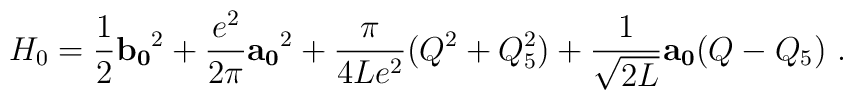
H_{0}=\frac{1}{2}{\bf b_{0}}^{2}+\frac{e^{2}}{2\pi}{\bf a_{0}}^{2}+\frac{\pi}{4Le^{2}}(Q^{2}+Q_{5}^{2})+\frac{1}{\sqrt{2L}}{\bf a_{0}}(Q-Q_{5}) \ .